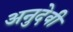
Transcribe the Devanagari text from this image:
अनुदेवी